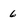
Character: 6